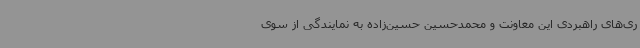
ری‌های راهبردی این معاونت و محمدحسین حسین‌زاده به نمایندگی از سوی